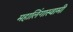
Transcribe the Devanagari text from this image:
महालिंगास्वामी